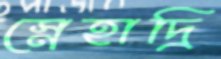
স্নেহাদ্রি